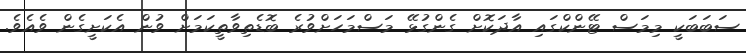
ސަބަބަކީ މިމަސް ޓޭންކްގައި އާދަކޮށް ގެންގުޅޭ މަސްމަހަށްވުރެ ބޮޑެތިވާތީކަމަށް ވުން އެކަށީގެން ވެއެވެ.